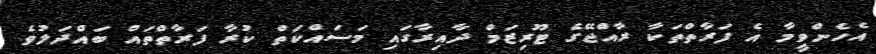
އެހެންވީމާ އެ ފަރާތްތަކާ ރާއްޖޭގެ ޓޫރިޒަމް ދާއިރާގައި މަސައްކަތް ކުރާ ފަރާތްތައް ބައްދަލުވެ